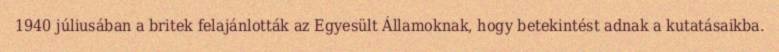
1940 júliusában a britek felajánlották az Egyesült Államoknak, hogy betekintést adnak a kutatásaikba.